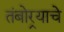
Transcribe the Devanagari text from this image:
तंबोर्‍याचे